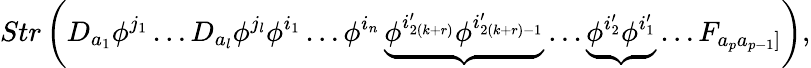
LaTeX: Str\left(D_{a_{1}}\phi^{j_{1}}\ldots D_{a_{l}}\phi^{j_{l}}\phi^{i_{1}}\ldots\phi^{i_{n}}\underbrace{\phi^{i_{2(k+r)}^{\prime}}\phi^{i_{2(k+r)-1}^{\prime}}}\dots\underbrace{\phi^{i_{2}^{\prime}}\phi^{i_{1}^{\prime}}}\ldots F_{a_{p}a_{p-1}]}\right),